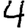
Digit: 4